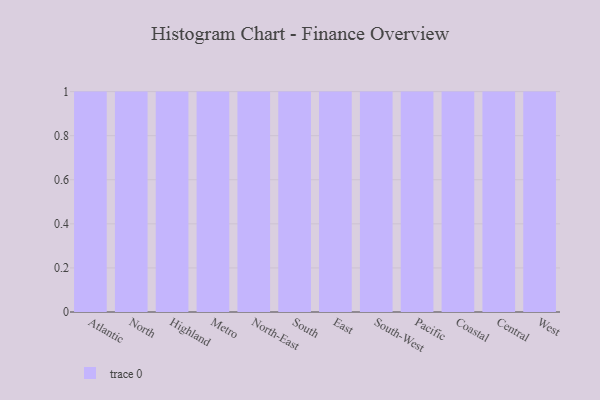
{"axis": {"x": "Region", "y": "Energy Usage (MWh)"}, "legend": [""], "data": [{"x": "Atlantic", "y": 56, "type": ""}, {"x": "North", "y": 73, "type": ""}, {"x": "Highland", "y": 40, "type": ""}, {"x": "Metro", "y": 23, "type": ""}, {"x": "North-East", "y": 73, "type": ""}, {"x": "South", "y": 89, "type": ""}, {"x": "East", "y": 93, "type": ""}, {"x": "South-West", "y": 37, "type": ""}, {"x": "Pacific", "y": 84, "type": ""}, {"x": "Coastal", "y": 32, "type": ""}, {"x": "Central", "y": 13, "type": ""}, {"x": "West", "y": 29, "type": ""}]}